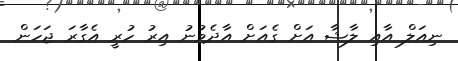
ނިއަލް އާއި ލާޝާ އަށް ގެއަށް އާދެވުނު އިރު ހުރީ އެގާރަ ޖަހަން